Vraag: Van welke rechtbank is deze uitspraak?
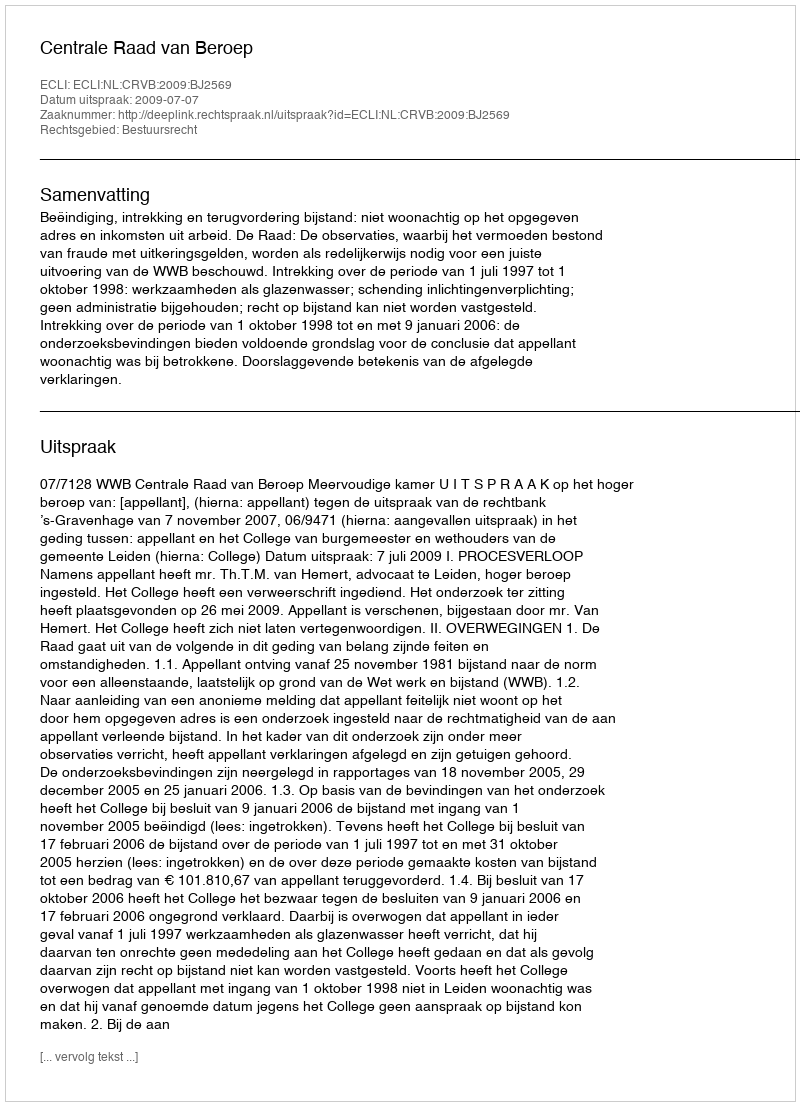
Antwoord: Centrale Raad van Beroep